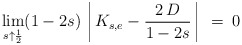
\begin{align*}\lim_{s\uparrow\frac{1}{2}}(1-2s)\left\arrowvert K_{s,e}-\frac{2\,D}{1-2s}\right\arrowvert\:=\:0\end{align*}